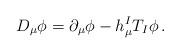
LaTeX: \begin{align*}D_\mu \phi =\partial _\mu \phi -h_\mu ^I T_I\phi \,.\end{align*}